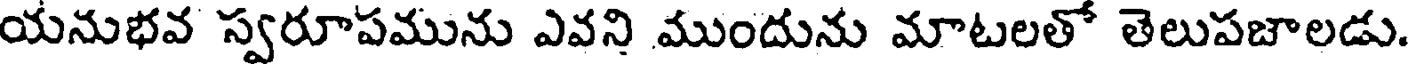
యనుభవ స్వరూపమును ఎవని ముందును మాటలతో తెలుపజాలడు.